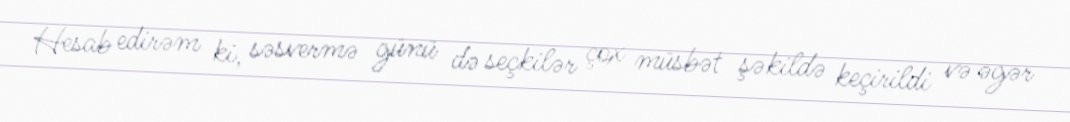
Hesab edirəm ki, səsvermə günü də seçkilər çox müsbət şəkildə keçirildi və əgər